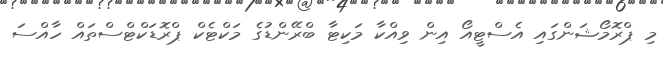
މި ޕްރޮމޯޝަންގައި އެސްޓީއޯ އިން ވިއްކާ މަކިޓާ ބްރޭންޑުގެ މަކްޓެކް ޕްރޮޑަކްޓްސްތައް ހާއްސަ